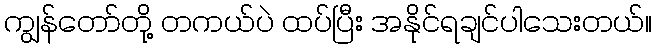
ကျွန်တော်တို့ တကယ်ပဲ ထပ်ပြီး အနိုင်ရချင်ပါသေးတယ်။